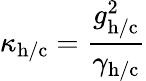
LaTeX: \kappa_{\mathrm{h/c}}=\frac{g_{\mathrm{h/c}}^{2}}{\gamma_{\mathrm{h/c}}}